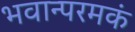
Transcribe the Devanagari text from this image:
भवान्परमकं